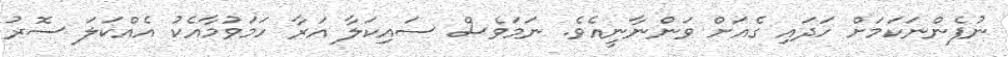
ނުފެންނަކަމަށް ހަދައި ގެއަށް ވަންނާނީއެވެ. ނަމަވެސް ސައިކަލާ އަރާ ހަމަވުމާއެކު އެއްކަލަ ސޮރު